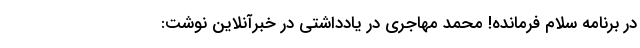
در برنامه سلام فرمانده! محمد مهاجری در یادداشتی در خبرآنلاین نوشت: